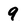
Character: 9